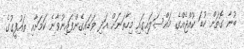
ބުނާ ގޮތަށް ކުޑަ ކުއްޖެއްގެ މައްސަލައިގައި މިހާތަނަށް އަދި ވަޑައިގެންފައިނުވާނެ ކަމަށާއި ތައުފީގުގެ